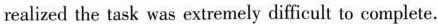
realized the task was extremely difficult to complete.